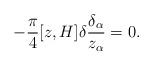
LaTeX: \begin{align*}-\frac{\pi}{4}[z,H]\delta\frac{\delta_{\alpha}}{z_{\alpha}}=0.\end{align*}